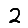
Digit: 2